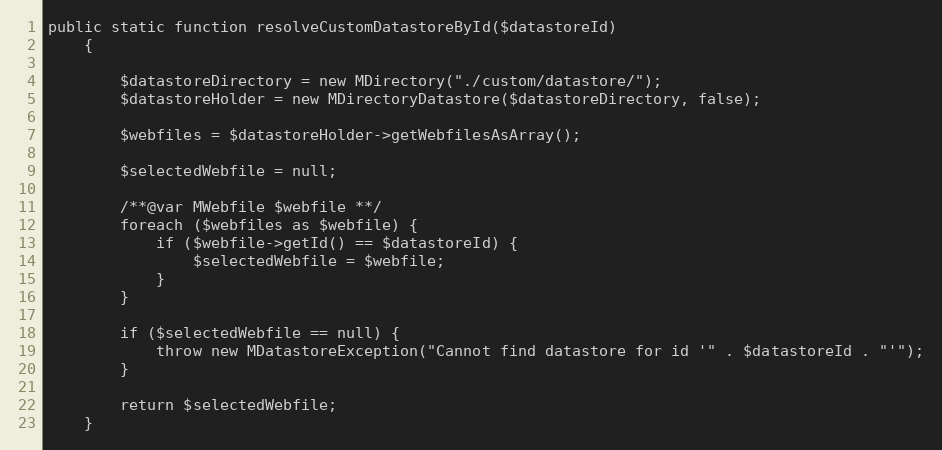
Language: PHP
public static function resolveCustomDatastoreById($datastoreId)
    {

        $datastoreDirectory = new MDirectory("./custom/datastore/");
        $datastoreHolder = new MDirectoryDatastore($datastoreDirectory, false);

        $webfiles = $datastoreHolder->getWebfilesAsArray();

        $selectedWebfile = null;

        /**@var MWebfile $webfile **/
        foreach ($webfiles as $webfile) {
            if ($webfile->getId() == $datastoreId) {
                $selectedWebfile = $webfile;
            }
        }

        if ($selectedWebfile == null) {
            throw new MDatastoreException("Cannot find datastore for id '" . $datastoreId . "'");
        }

        return $selectedWebfile;
    }